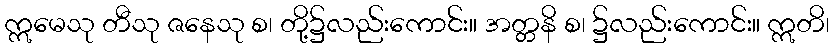
ဣမေသု တီသု ဇနေသု စ၊ တို့၌လည်းကောင်း။ အတ္တနိ စ၊ ၌လည်းကောင်း။ ဣတိ၊